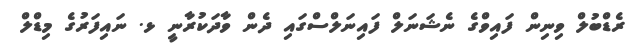
ރެޑްބުލް ވިނިން ފައިވްގެ ނެޝަނަލް ފައިނަލްސްގައި ދެން ވާދަކުރާނީ ޅ. ނައިފަރުގެ މިޑްލް